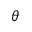
\theta